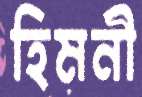
হিমনী